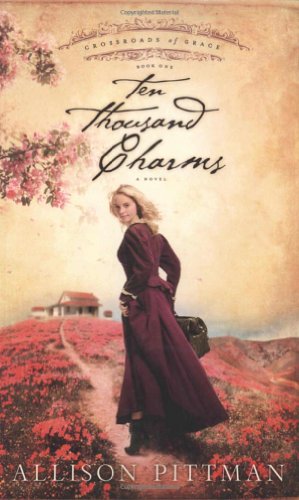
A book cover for Ten Thousand Charms (Crossroads of Grace #1); Allison Pittman; Religion & Spirituality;